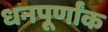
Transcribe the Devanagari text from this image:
धनपूर्णांक